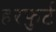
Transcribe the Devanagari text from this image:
हरफुर्ट